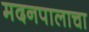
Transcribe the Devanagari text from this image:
मदनपालाचा